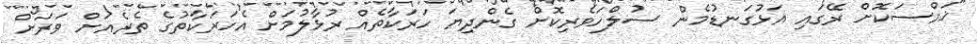
"ޚައްސަކޮށް ރޭގައި އަޅުގަނޑުމެން ސުލްހަވެރިކޮށް ގެންދިޔަ ހަރަކާތެއް ރުޅާލުމަށް އެހަރަކާތުގެ ތެރެއަށް ވަރަށް